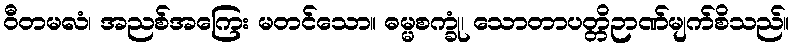
ဝီတမလံ၊ အညစ်အကြေး မတင်သော။ ဓမ္မစက္ခုံ၊ သောတာပတ္တိဉာဏ်မျက်စိသည်။